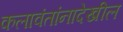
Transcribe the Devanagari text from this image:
कलावंतांनादेखील